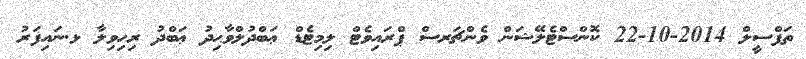
ތަފްސީލް 2014-10-22 ކޮންސްޓެލޭޝަން ވެންޗަރސް ޕްރައިވެޓް ލިމިޓެޑް ޢަބްދުލްވާޙިދު ޢަބްދު ރިހިވިލާ ޅ.ނައިފަރު